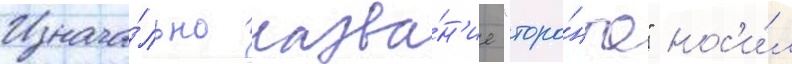
Изнача́льно назва́н'ие "торо́нто" нос'и́л